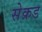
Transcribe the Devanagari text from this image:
सेक्रड